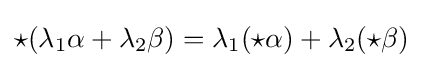
{\star }(\lambda _{1}\alpha +\lambda _{2}\beta )=\lambda _{1}({\star }\alpha )+\lambda _{2}({\star }\beta )